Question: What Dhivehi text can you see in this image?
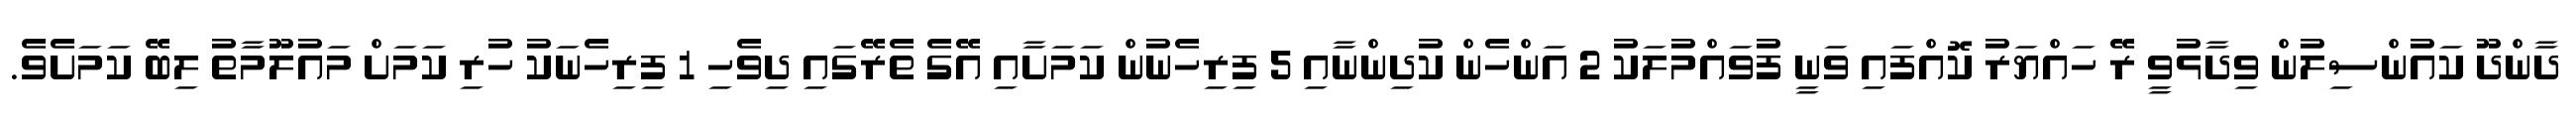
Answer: ދާންދޫ ކައުންސިލުން ވިދާޅުވީ ރޭ ހައްޔަރު ކޮއްފައި ވަނީ ފުވައްމުލަކު 2 އަންހެން ކުދިންނާއި 5 ފިރިހެނުން ކަމަށާއި އޭގެ ތެރޭގައި ދިވެހި 1 ފިރިހެނަކު ހުރި ކަމަށް މައުލޫމާތު ލިބޭ ކަމަށެވެ.